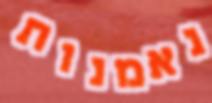
נאמנות